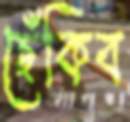
ছেঁকিব